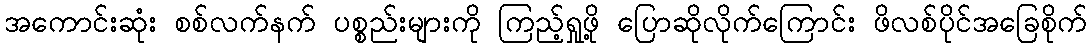
အကောင်းဆုံး စစ်လက်နက် ပစ္စည်းများကို ကြည့်ရှုဖို့ ပြောဆိုလိုက်ကြောင်း ဖိလစ်ပိုင်အခြေစိုက်